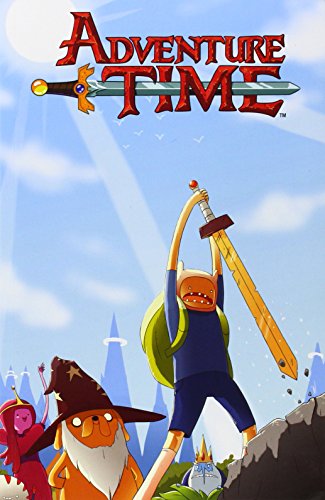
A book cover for Adventure Time Vol. 5; Ryan North; Children's Books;